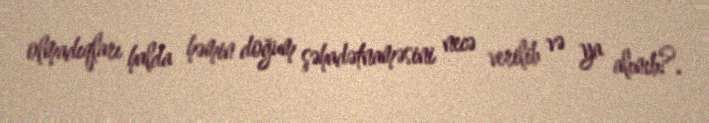
olmadıqları halda həmin doğum şəhadətnaməsini necə verilib və ya alınıb?.